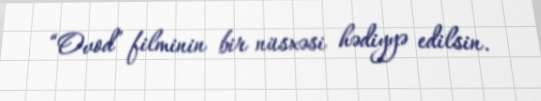
“Ovod” filminin bir nüsxəsi hədiyyə edilsin.